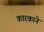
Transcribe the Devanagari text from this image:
कारकाने